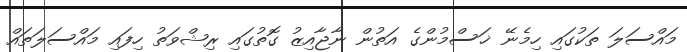
މައްސަލަ ތަކުގައި ހިމެނޭ ޚަސްމުންގެ އަތުން ނާޖާއިޒު ގޮތުގައި ރިޝްވަތު ހިފައި މައްސަލަތައް